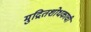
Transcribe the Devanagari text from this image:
मुद्रितशोधकाची